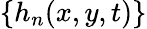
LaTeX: \{ h_{n}(x,y,t)\}